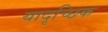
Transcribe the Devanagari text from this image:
यादृच्‍छिक